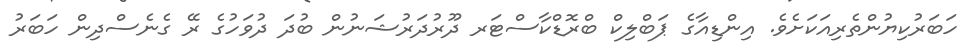
ހަބަރުކިޔުންތެރިއަކަށެވެ. އިންޑިއާގެ ޕަބްލިކް ބްރޮޑްކާސްޓަރ ދޫރުދަރުޝަނުން ބުދަ ދުވަހުގެ ރޭ ގެނެސްދިން ހަބަރު